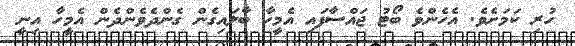
ހުރި ކަމަށެވެ. އެހެންވެ ބޯޓު ޖައްސާފައި އެމީހާ ބާލައިގެން ގެންދެވެންދެން އެމީހާ އިނީ